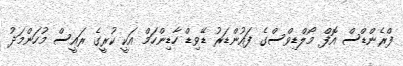
ފްރެންޑްސް އޮފް މޯލްޑިވްސްގެ ފައުންޑަރު ޑޭވިޑް ހާޑިންހަމް އަކީ ކުރީގެ ރައީސް މުހަންމަދު